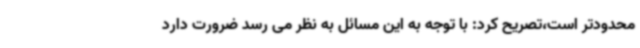
محدودتر است،تصریح کرد: با توجه به این مسائل به نظر می رسد ضرورت دارد